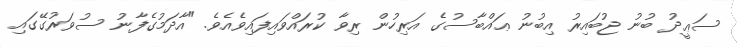
ސަޢީދު ބުނު ޖުބައިރު އިބުނު ޢައްބާސުގެ އަރިހުން ރިވާ ކުރައްވައިފައިވެއެވެ. "އާދަމުގެފާނު ސުވަރުގޭގައި